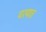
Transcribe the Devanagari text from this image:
घश्यात